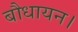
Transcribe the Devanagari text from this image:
बौधायन।